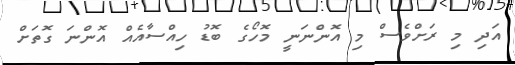
އަދި މި ރަށްވެސް މި އޮންނަނީ މޮހޯގެ ބޮޑު ހިއްސާއެއް އޮންނަ ގޮތަށް